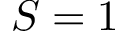
S = 1